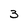
Character: 3